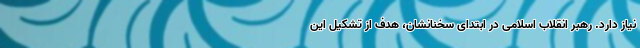
نیاز دارد. رهبر انقلاب اسلامی در ابتدای سخنانشان، هدف از تشکیل این